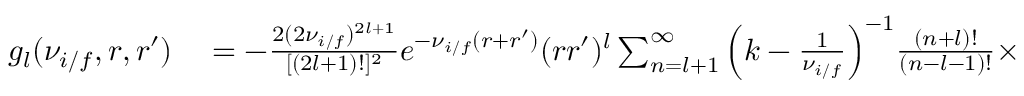
\begin{array} { r l } { g _ { l } ( \nu _ { i / f } , r , r ^ { \prime } ) } & { { } = - \frac { 2 ( 2 \nu _ { i / f } ) ^ { 2 l + 1 } } { [ ( 2 l + 1 ) ! ] ^ { 2 } } e ^ { - \nu _ { i / f } ( r + r ^ { \prime } ) } ( r r ^ { \prime } ) ^ { l } \sum _ { n = l + 1 } ^ { \infty } \Big ( k - \frac { 1 } { \nu _ { i / f } } \Big ) ^ { - 1 } \frac { ( n + l ) ! } { ( n - l - 1 ) ! } \times } \end{array}